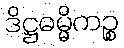
ဒိဋ္ဌဓမ္မိကဉ္စ